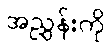
အညွှန်းကို